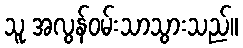
သူ အလွန်ဝမ်းသာသွားသည်။